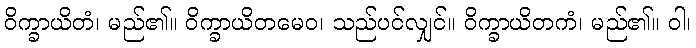
ဝိက္ခာယိတံ၊ မည်၏။ ဝိက္ခာယိတမေဝ၊ သည်ပင်လျှင်။ ဝိက္ခာယိတကံ၊ မည်၏။ ဝါ၊